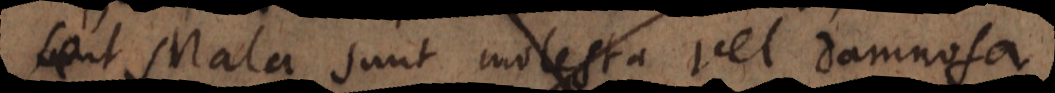
et Mala sunt molesta vel damnosa.